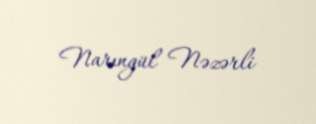
Narıngül Nəzərli